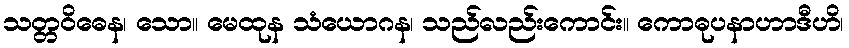
သတ္တဝိဓေန၊ သော။ မေထုန သံယောဂန၊ သည်လည်းကောင်း။ ကောဓုပနာဟာဒီဟိ၊